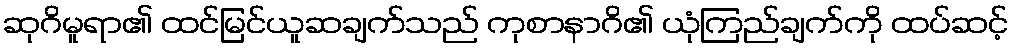
ဆုဂိမူရာ၏ ထင်မြင်ယူဆချက်သည် ကုစာနာဂိ၏ ယုံကြည်ချက်ကို ထပ်ဆင့်